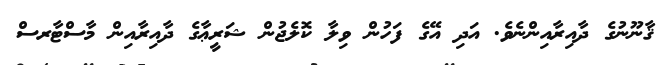
ޤާނޫނުގެ ދާއިރާއިންނެވެ. އަދި އޭގެ ފަހުން ވިލާ ކޮލެޖުން ޝަރީޢާގެ ދާއިރާއިން މާސްޓާރސް